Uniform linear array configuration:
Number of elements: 32
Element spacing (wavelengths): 0.75
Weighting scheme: hamming
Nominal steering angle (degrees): -15
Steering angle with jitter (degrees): -13.249
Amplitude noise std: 0.05
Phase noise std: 0.05

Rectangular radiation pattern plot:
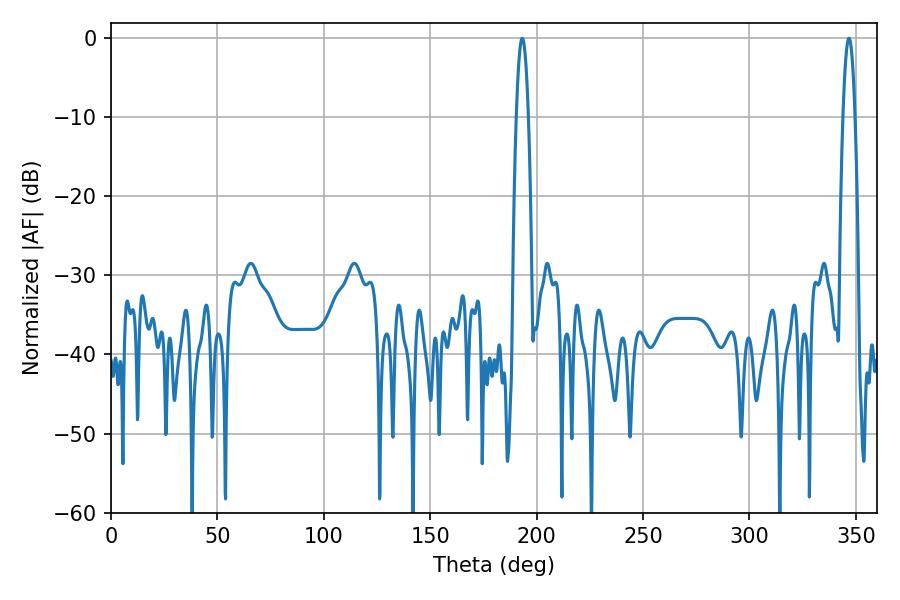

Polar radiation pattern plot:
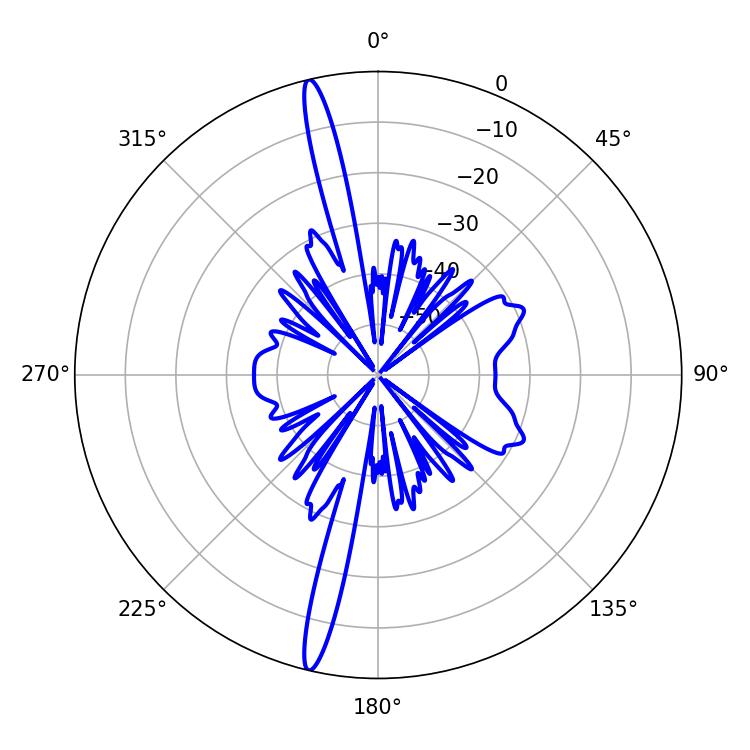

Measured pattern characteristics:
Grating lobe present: TRUE
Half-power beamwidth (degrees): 3.06
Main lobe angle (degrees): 193.32